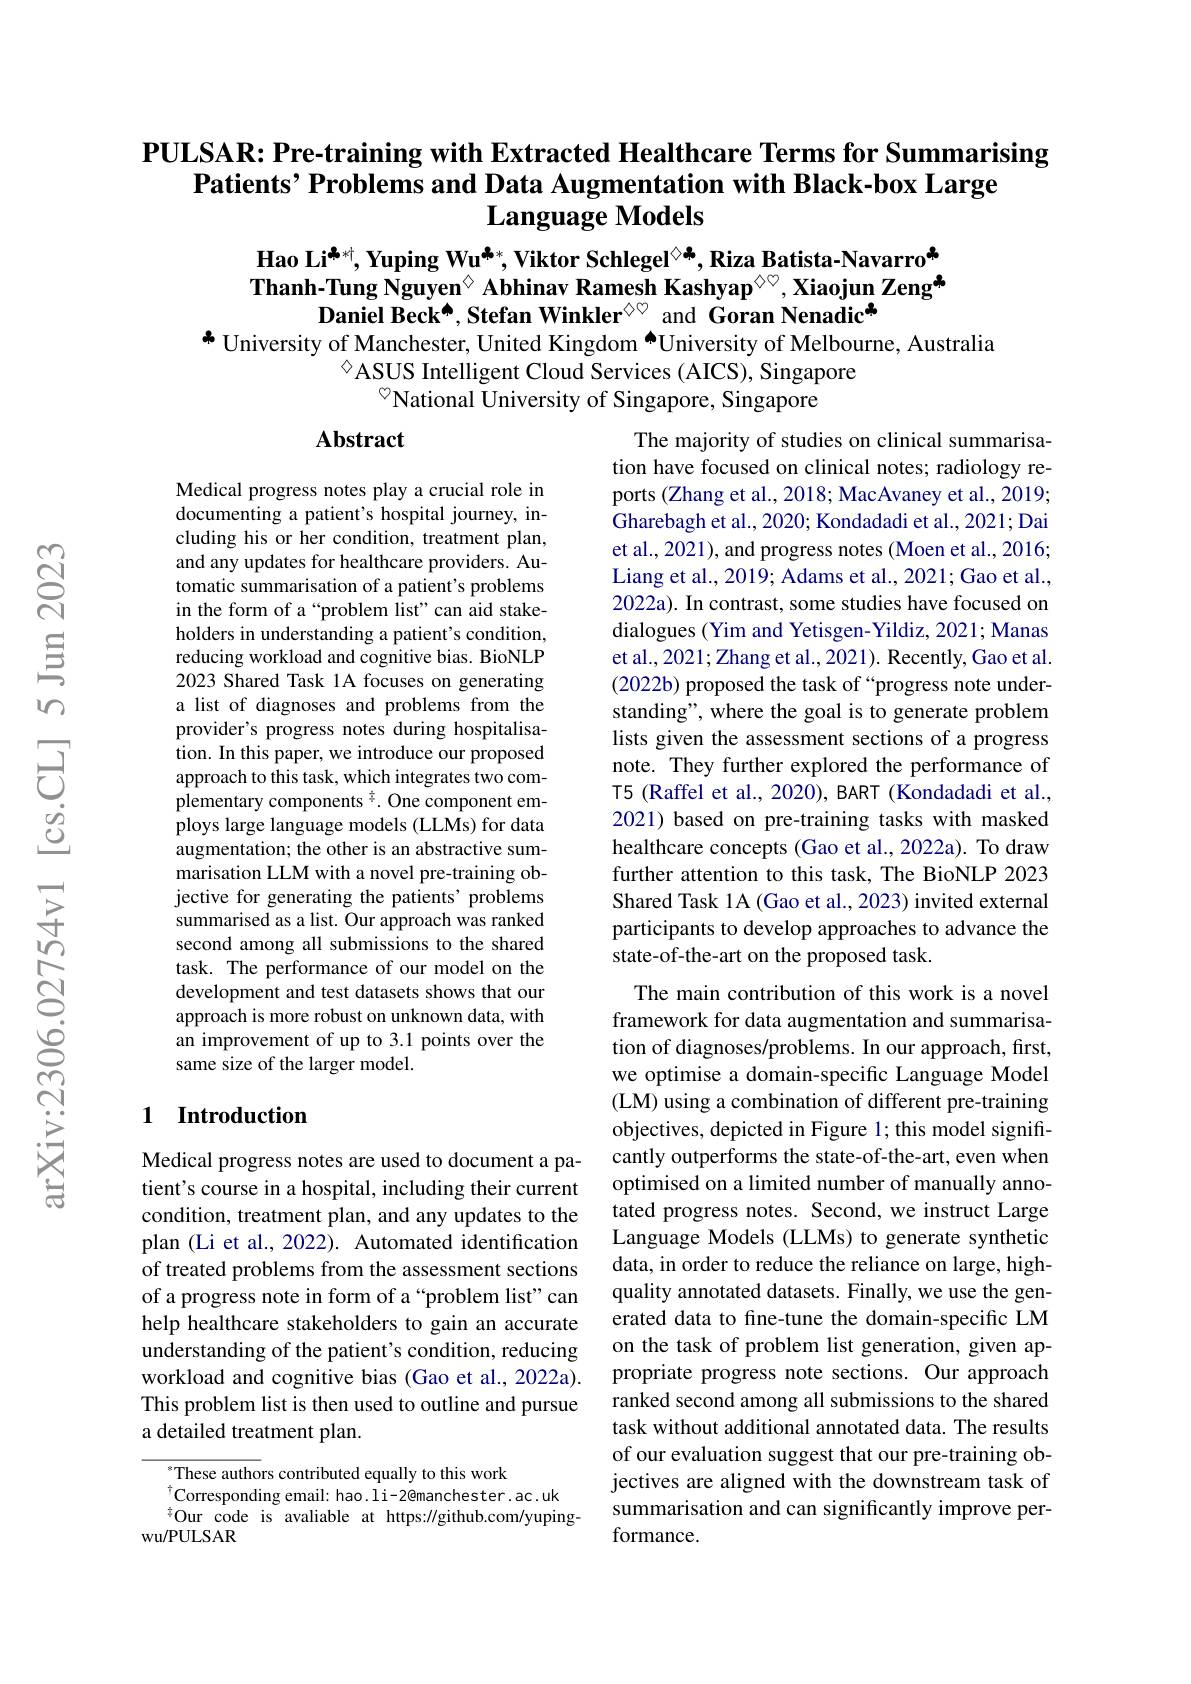
# PULSAR: Pre-training with Extracted Healthcare Terms for Summarising Patients’ Problems and Data Augmentation with Black-box Large $\mathbf{Language~Models}$

Hao Li$^{\clubsuit*\dagger}$,Yuping Wu$^{\clubsuit*}$,Viktor Schlegel$^{\textcircled{\times}*}$, Riza Batista-Navarro$^{\ast}$ Thanh-Tung Nguyen$^{\textcircled{\mathrm{o}}}$ Abhinav Ramesh Kashyap$^{\textcircled{\mathrm{o}}\heartsuit}$, Xiaojun Zeng$^{\clubsuit}$
Daniel Beck[INDEX] Stefan Winkler$^{\diamond\circ}$ and Goran Nenadic$^{\clubsuit}$
$^{*}$ University of Manchester, United Kingdom[INDEX]University of Melbourne, Australia
$^{\diamond}$ASUS Intelligent Cloud Services (AICS), Singapore
$^{\textcircled{\circ}}$National University of Singapore, Singapore

## Abstract

The majority of studies on clinical summarisation have focused on clinical notes; radiology reports (Zhang et al., 2018; MacAvaney et al., 2019; Gharebagh et al., 2020; Kondadadi et al., 2021; Dai et al., 2021), and progress notes (Moen et al., 2016; Liang et al., 2019; Adams et al., 2021; Gao et al., 2022a). In contrast, some studies have focused on dialogues (Yim and Yetisgen-Yildiz, 2021; Manas et al., 2021; Zhang et al., 2021). Recently, Gao et al. (2022b) proposed the task of “progress note understanding", where the goal is to generate problem lists given the assessment sections of a progress note. They further explored the performance of T5 (Raffel et al., 2020), BART (Kondadadi et al., 2021) based on pre-training tasks with masked healthcare concepts (Gao et al., 2022a). To draw further attention to this task, The BioNLP 2023 Shared Task 1A (Gao et al., 2023) invited external participants to develop approaches to advance the state-of-the-art on the proposed task.
The main contribution of this work is a novel

Medical progress notes play a crucial role in documenting a patient's hospital journey, including his or her condition, treatment plan, and any updates for healthcare providers. Automatic summarisation of a patient's problems in the form of a “problem list”can aid stakeholders in understanding a patient's condition, reducing workload and cognitive bias. BioNLP 2023 Shared Task 1A focuses on generating a list of diagnoses and problems from the provider's progress notes during hospitalisation. In this paper, we introduce our proposed approach to this task, which integrates two complementary components $^{\frac{1}{7}}.$ One component employs large language models (LLMs) for data augmentation; the other is an abstractive summarisation LLM with a novel pre-training objective for generating the patients' problems summarised as a list. Our approach was ranked second among all submissions to the shared task. The performance of our model on the development and test datasets shows that our approach is more robust on unknown data, with an improvement of up to 3.1 points over the same size of the larger model.

## 1 Introduction

framework for data augmentation and summarisation of diagnoses/problems. In our approach, first, we optimise a domain-specific Language Model (LM) using a combination of different pre-training objectives, depicted in Figure 1; this model significantly outperforms the state-of-the-art, even when optimised on a limited number of manually annotated progress notes. Second, we instruct Large Language Models (LLMs) to generate synthetic data, in order to reduce the reliance on large, highquality annotated datasets. Finally, we use the generated data to fine-tune the domain-specific LM on the task of problem list generation, given appropriate progress note sections. Our approach ranked second among all submissions to the shared task without additional annotated data. The results of our evaluation suggest that our pre-training objectives are aligned with the downstream task of summarisation and can significantly improve performance.

Medical progress notes are used to document a patient's course in a hospital, including their current condition, treatment plan, and any updates to the plan (Li et al., 2022). Automated identification of treated problems from the assessment sections of a progress note in form of a “problem list”can help healthcare stakeholders to gain an accurate understanding of the patient's condition, reducing workload and cognitive bias (Gao et al., 2022a). This problem list is then used to outline and pursue a detailed treatment plan.

$^{*}$These authors contributed equally to this work
$^{\dagger}$Corresponding email: hao.li-2@manchester.ac.uk Our code is avaliable at https: / / github. com/ yuping-
wu/PULSAR